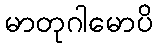
မာတုဂါမောပိ